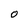
Character: O